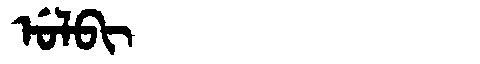
Manchu: ᡠᠯᠪᡳ
Romanization: ULBI